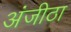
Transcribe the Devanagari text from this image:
अंजीठा